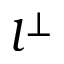
l ^ { \perp }